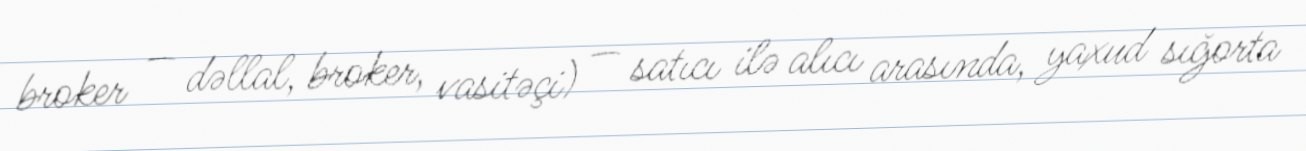
broker — dəllal, broker, vasitəçi) — satıcı ilə alıcı arasında, yaxud sığorta